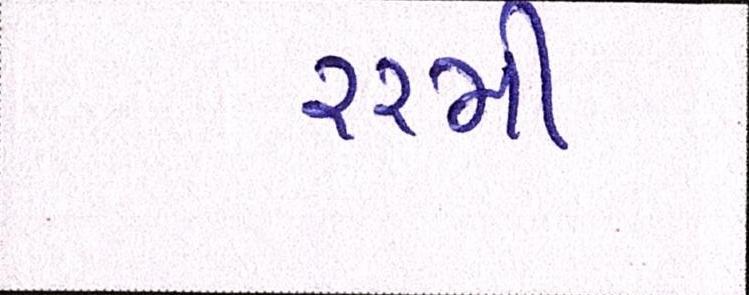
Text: ૨૨મી